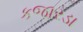
કજારડા